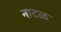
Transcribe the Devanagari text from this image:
नाटळ